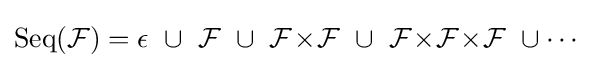
{\mbox{Seq}}({\mathcal {F}})=\epsilon \ \cup \ {\mathcal {F}}\ \cup \ {\mathcal {F}}\!\times \!{\mathcal {F}}\ \cup \ {\mathcal {F}}\!\times \!{\mathcal {F}}\!\times \!{\mathcal {F}}\ \cup \cdots